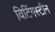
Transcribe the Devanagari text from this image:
विटिंगस्टीन